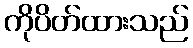
ကိုပိတ်ထားသည်